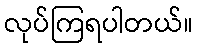
လုပ်ကြရပါတယ်။